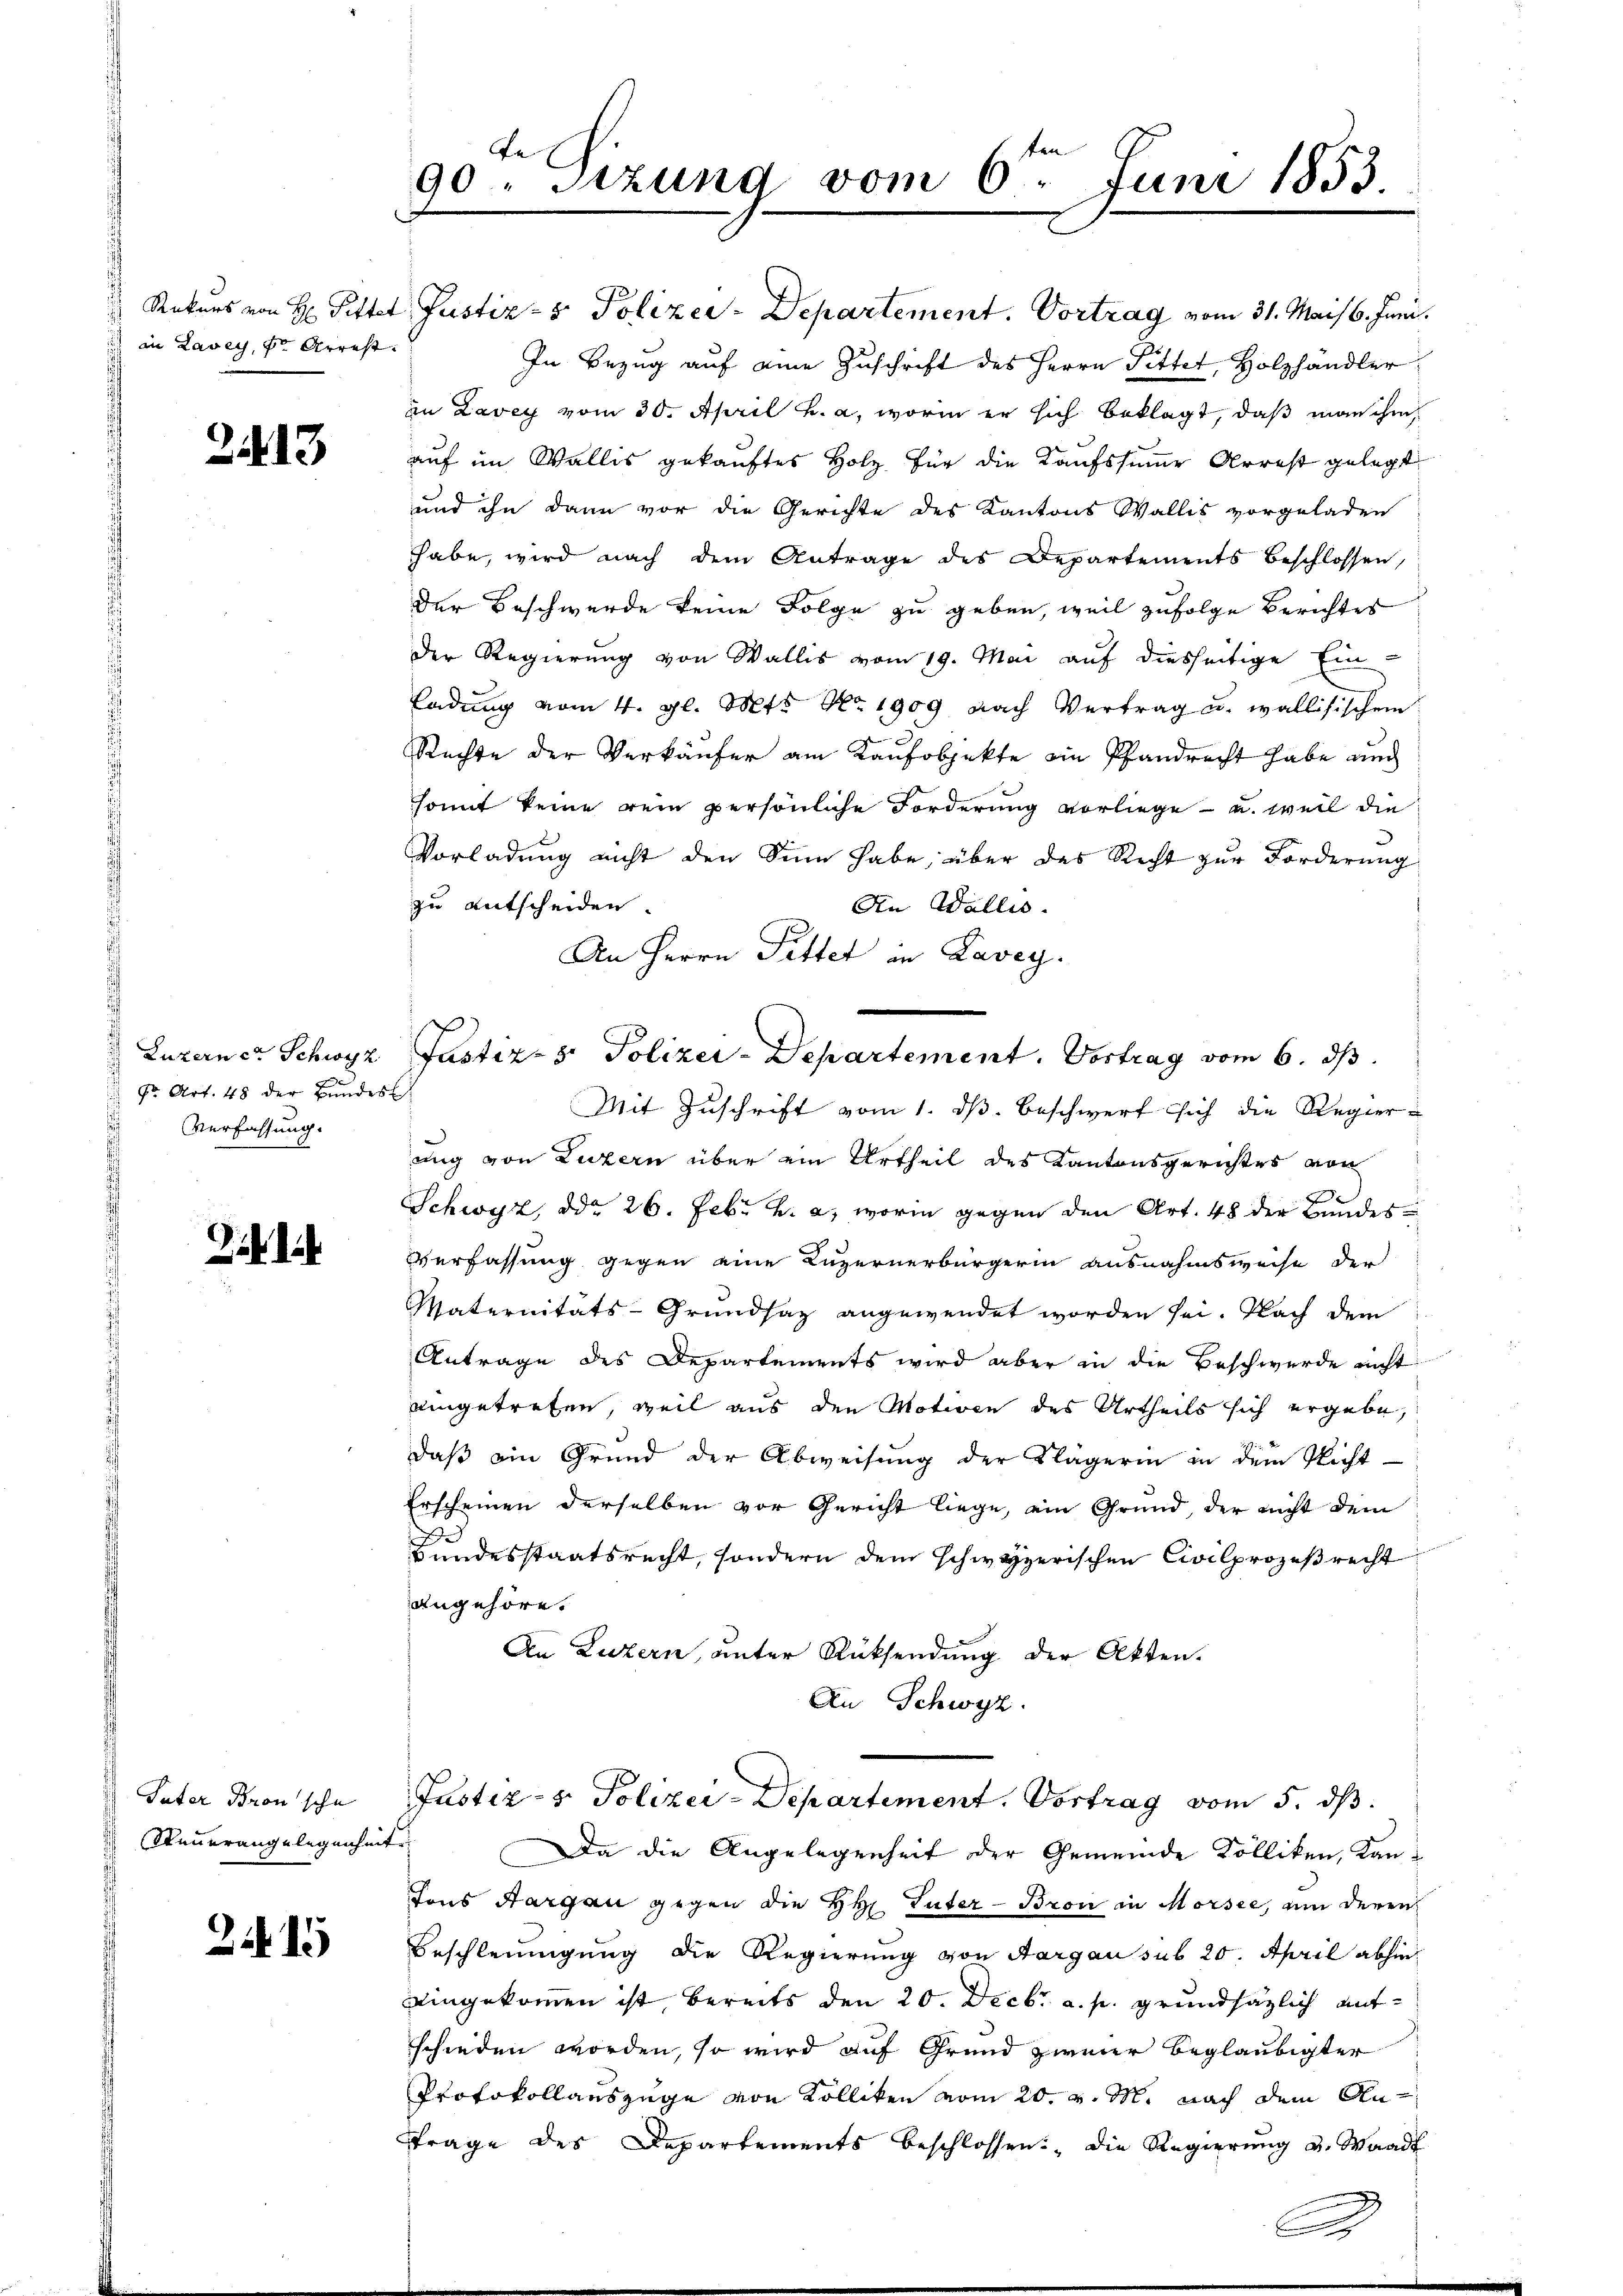
in Lavey, der Arrest

2443

fr. Art. 48 der Bundes
Verfassung.

Vater Bronsche
Steuerangelegenheit

a
90. Sizung vom 6ten Juni 1853.

Rekurs von H. Pitter Justiz- & Polizei-Departement. Vortrag vom 31. Mais 6. Juni.
In Bezug auf eine Zuschrift des Herrn Pittet, Holzhändler
in Lavey vom 30. April h. a, worin er sich beklagt, daß man ihm
auf im Wallis gekauftes Holz für die Kaufssumme Arrest gelegt
und ihn dann vor die Gerichte des Kantons Wallis vorgeladen
habe, wird nach dem Antrage des Departements beschlossen,
der Beschwerde keine Folge zu geben, weil zufolge Berichtes
der Regierung von Wallis vom 19. Mai auf diesseitige Ein-
Ladung vom 4. gl. Mts. No. 1909 nach Vertrag u. wallisischen
Rechte der Verkäufer am Kaufobjekte ein Pfandrecht habe und
somit keine rein persönliche Forderung vorliege - u. weil die
Vorladung nicht den Sinn habe, über das Recht zur Forderung
zu entscheiden.
An Wallis.
An Herrn Fittet in Lavey.
Luzerner Schwyz Justiz- & Polizei-Departement. Vortrag vom 6. ds.
Mit Zuschrift vom 1. dß. Beschwert sich die Regier-
ung von Luzern über ein Urtheil des Kantonsgerichtes von
Schwyz, ddo 26. Febr. h. a, worin gegen den Art. 48 der Bundes-
Verfassung gegen eine Luzernerbürgerin ausnahmsweise der
Maternitäts-Grundsaz angewendet worden sei. Nach dem
Antrage des Departements wird aber in die Beschwerde nicht
eingetreten, weil aus den Motiven des Urtheils sich ergebe,
daß ein Grund der Abweisung der Nägerin in dem Richt
Erscheinen derselben vor Gericht liege, ein Grund, der nicht dem
Bundesstaatsrecht, sondern dem schwyzerischen Civilprozesrecht
angehöre.
An Luzern, unter Rücksendung der Akten.
An Schwyz.

Da die Angelegenheit der Gemeinde Kolliken, Kan¬
Tons Aargau gegen die HH Luter - Broni in Morsee, um deren
Beschleunigung die Regierung von Aargau sub 20. April abhin
eingekommen ist, bereits den 20. Decbr. a. p. grundsätzlich aufschieden worden, so wird auf Grund zweier beglaubigter
Protokollauszuge von Kolliken vom 20. v. M. nach dem An¬
Frage des Departements beschlossen: Die Regierung u. Waadt

Justiz- & Polizei-Departement. Vortrag vom 5. ds.